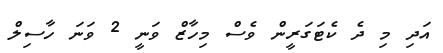
އަދި މި ދެ ކެޓަގަރީން ވެސް މިހާޒް ވަނީ 2 ވަނަ ހާސިލް